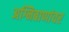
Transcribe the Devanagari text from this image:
अग्निबाणांवर